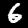
Label: 6